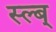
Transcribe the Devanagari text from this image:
स्ल्ब्